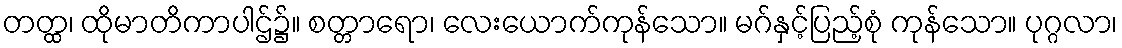
တတ္ထ၊ ထိုမာတိကာပါဌ်၌။ စတ္တာရော၊ လေးယောက်ကုန်သော။ မဂ်နှင့်ပြည့်စုံ ကုန်သော။ ပုဂ္ဂလာ၊